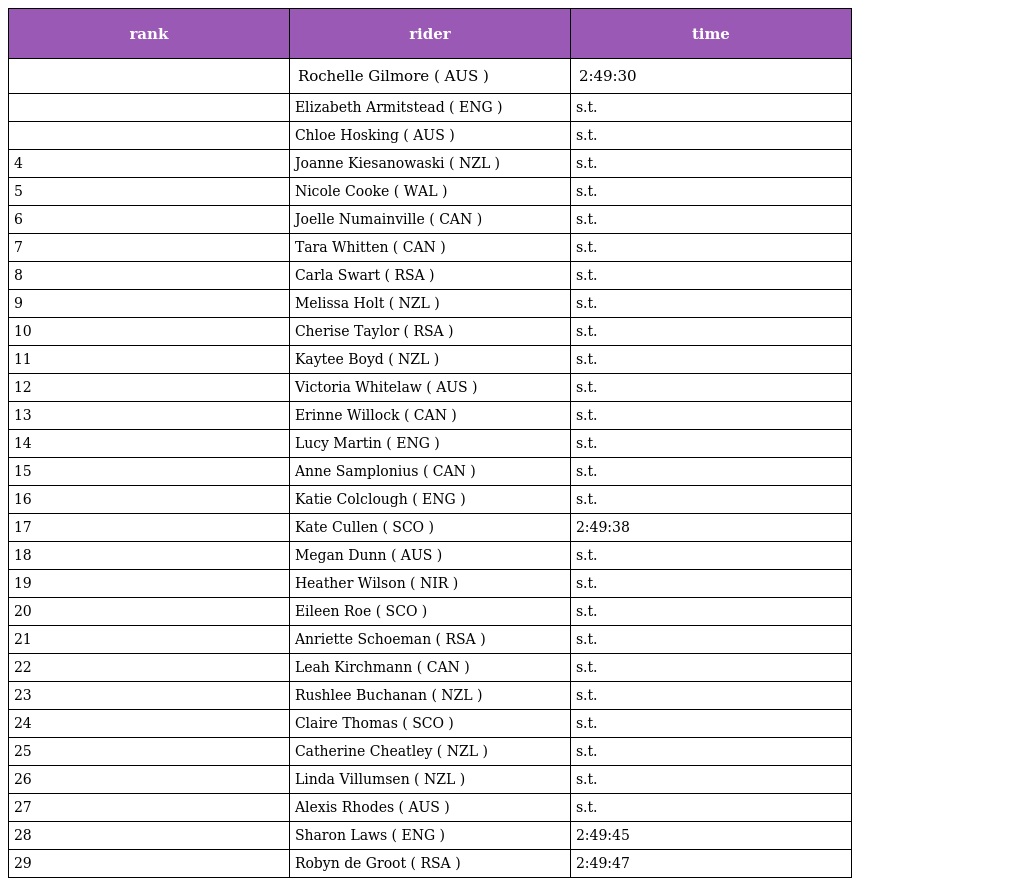
| rank | rider | time |
 | --- | --- | --- |
 |  | Rochelle Gilmore ( AUS ) | 2:49:30 |
 |  | Elizabeth Armitstead ( ENG ) | s.t. |
 |  | Chloe Hosking ( AUS ) | s.t. |
 | 4 | Joanne Kiesanowaski ( NZL ) | s.t. |
 | 5 | Nicole Cooke ( WAL ) | s.t. |
 | 6 | Joelle Numainville ( CAN ) | s.t. |
 | 7 | Tara Whitten ( CAN ) | s.t. |
 | 8 | Carla Swart ( RSA ) | s.t. |
 | 9 | Melissa Holt ( NZL ) | s.t. |
 | 10 | Cherise Taylor ( RSA ) | s.t. |
 | 11 | Kaytee Boyd ( NZL ) | s.t. |
 | 12 | Victoria Whitelaw ( AUS ) | s.t. |
 | 13 | Erinne Willock ( CAN ) | s.t. |
 | 14 | Lucy Martin ( ENG ) | s.t. |
 | 15 | Anne Samplonius ( CAN ) | s.t. |
 | 16 | Katie Colclough ( ENG ) | s.t. |
 | 17 | Kate Cullen ( SCO ) | 2:49:38 |
 | 18 | Megan Dunn ( AUS ) | s.t. |
 | 19 | Heather Wilson ( NIR ) | s.t. |
 | 20 | Eileen Roe ( SCO ) | s.t. |
 | 21 | Anriette Schoeman ( RSA ) | s.t. |
 | 22 | Leah Kirchmann ( CAN ) | s.t. |
 | 23 | Rushlee Buchanan ( NZL ) | s.t. |
 | 24 | Claire Thomas ( SCO ) | s.t. |
 | 25 | Catherine Cheatley ( NZL ) | s.t. |
 | 26 | Linda Villumsen ( NZL ) | s.t. |
 | 27 | Alexis Rhodes ( AUS ) | s.t. |
 | 28 | Sharon Laws ( ENG ) | 2:49:45 |
 | 29 | Robyn de Groot ( RSA ) | 2:49:47 |